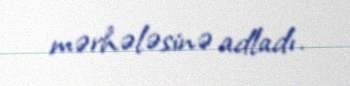
mərhələsinə adladı.